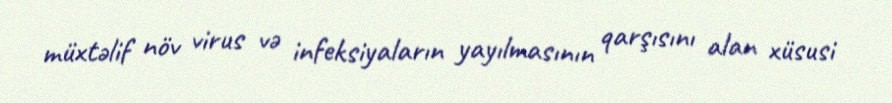
müxtəlif növ virus və infeksiyaların yayılmasının qarşısını alan xüsusi